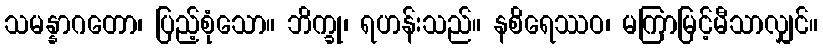
သမန္နာဂတော၊ ပြည့်စုံသော။ ဘိက္ခု၊ ရဟန်းသည်။ နစိရေဿဝ၊ မကြာမြင့်မီသာလျှင်။